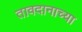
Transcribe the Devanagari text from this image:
तावदानाच्या